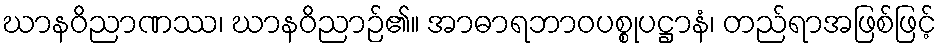
ဃာနဝိညာဏဿ၊ ဃာနဝိညာဉ်၏။ အာဓာရဘာဝပစ္စုပဋ္ဌာနံ၊ တည်ရာအဖြစ်ဖြင့်